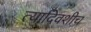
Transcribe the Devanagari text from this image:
त्यादिवशीच